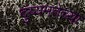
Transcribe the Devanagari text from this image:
दुय्यमतेच्या